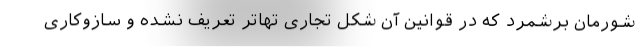
شورمان برشمرد که در قوانین آن شکل تجاری تهاتر تعریف نشده و سازوکاری